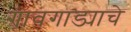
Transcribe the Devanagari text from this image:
गावगाड्याचे